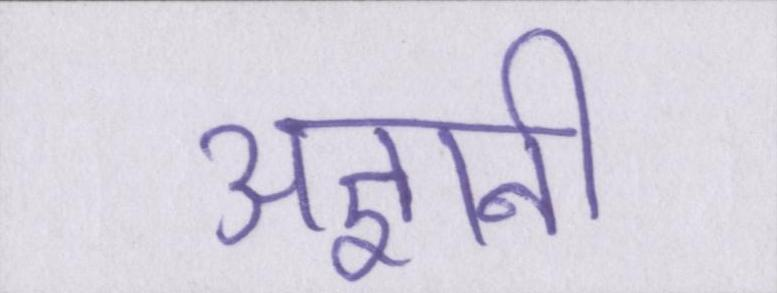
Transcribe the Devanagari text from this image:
अज्ञानी